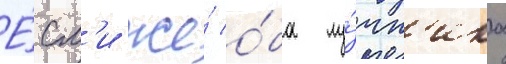
Е́сл'и же́ о́ба лу́чн'ика